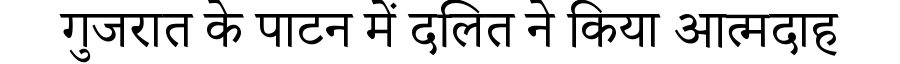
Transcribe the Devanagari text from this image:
गुजरात के पाटन में दलित ने किया आत्मदाह